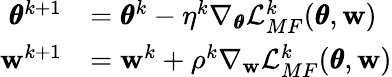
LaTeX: \begin{array}{rl}{\pmb{\theta}^{k+1}}&{=\pmb{\theta}^{k}-\eta^{k}\nabla_{\pmb{\theta}}\mathcal{L}_{MF}^{k}(\pmb{\theta},\mathbf{w})}\\ {\mathbf{w}^{k+1}}&{=\mathbf{w}^{k}+\rho^{k}\nabla_{\mathbf{w}}\mathcal{L}_{MF}^{k}(\pmb{\theta},\mathbf{w})}\end{array}